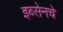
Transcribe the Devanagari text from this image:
इब्सेनचे